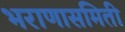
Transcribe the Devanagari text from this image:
भराणासमिती